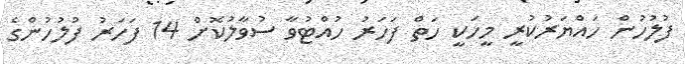
ފުލުހުން ހައްޔަރުކުރީ މީހަކީ ހަތް ފަހަރު ހުއްޓުވާ ސުވާލުކޮށް 14 ފަހަރު ފުލުހުންގެ